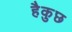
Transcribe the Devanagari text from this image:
हैकुछ